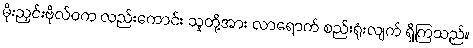
မိုးညှင်းဗိုလ်ဝက လည်းကောင်း သူတို့အား လာရောက် စည်းရုံးလျက် ရှိကြသည်။